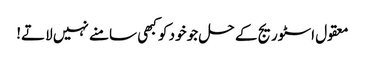
معقول اسٹوریج کے حل جو خود کو کبھی سامنے نہیں لاتے!